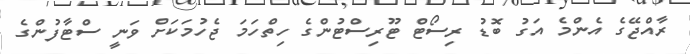
ރާއްޖޭގެ އެންމެ އަގު ބޮޑު ރިސޯޓް ޓޫރިސްޓުންގެ ހިތްހަމަ ޖެހުމަކަށް ވަނީ ސްޓާފުންގެ